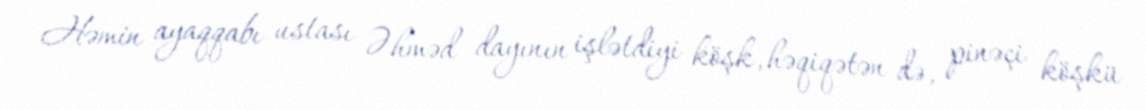
Həmin ayaqqabı ustası Əhməd dayının işlətdiyi köşk, həqiqətən də, pinəçi köşkü